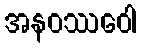
အနဝဿဝေါ